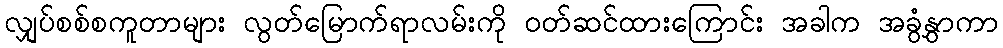
လျှပ်စစ်စကူတာများ လွတ်မြောက်ရာလမ်းကို ၀တ်ဆင်ထားကြောင်း အခါက အခွံနွှာကာ